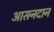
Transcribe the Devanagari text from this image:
आसनदान